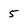
Character: 5